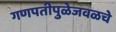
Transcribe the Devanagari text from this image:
गणपतीपुळेजवळचे